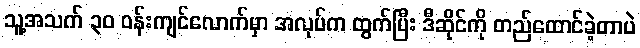
သူ့အသက် ၃၀ ဝန်းကျင်လောက်မှာ အလုပ်က ထွက်ပြီး ဒီဆိုင်ကို တည်ထောင်ခဲ့တာပဲ